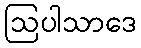
ဩပါသာဒေ